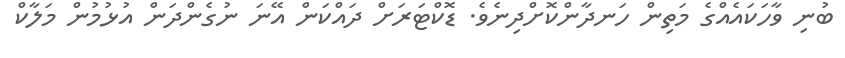
ބުނި ވާހަކައެއްގެ މަތިން ހަނދާންކޮށްދިނެވެ. ޑޮކްޓަރަށް ދައްކަން އޭނަ ނުގެންދަން އުޅުމުން މަލާކް